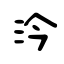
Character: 汵